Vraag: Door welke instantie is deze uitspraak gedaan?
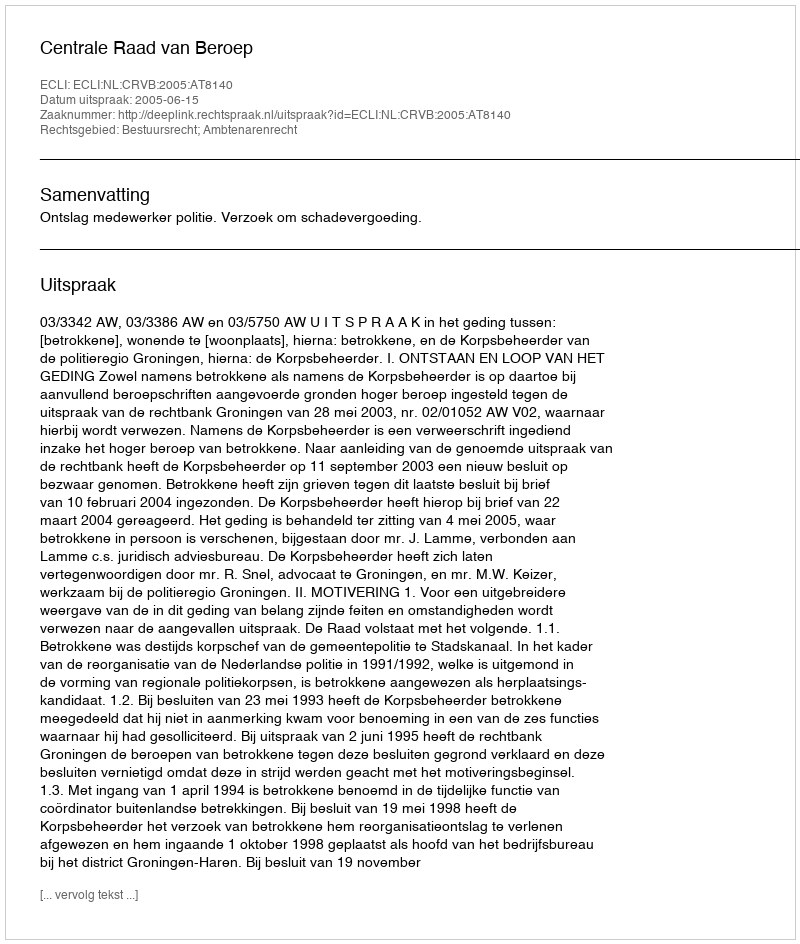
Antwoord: Centrale Raad van Beroep